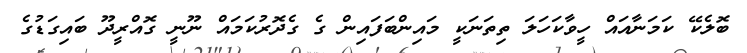
ބޮލެކޭ ކަމަނާއައް ހީވާކަހަލަ ތިތަނަކީ މައިންބަފައިން ގެ ގެދޮރުކަމައް ނޫނީ ގޮއްރީދޫ ބައިގަޑުގެ